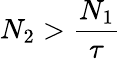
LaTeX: N_{2}>\frac{N_{1}}{\tau}